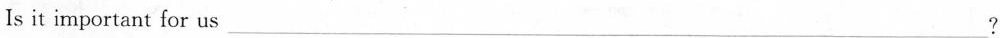
Is it important for us___?